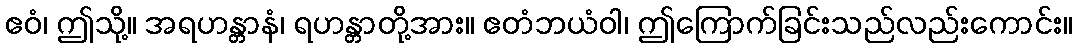
ဧဝံ၊ ဤသို့။ အရဟန္တာနံ၊ ရဟန္တာတို့အား။ ဧတံဘယံဝါ၊ ဤကြောက်ခြင်းသည်လည်းကောင်း။